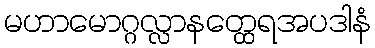
မဟာမောဂ္ဂလ္လာနတ္ထေရအပဒါနံ